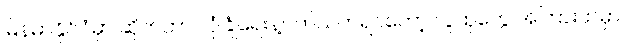
မြန်မာနိုင်ငံမှာ ဆိုက်ဘာ လုံခြုံရေးနဲ့ပတ်သက်ရင်တော့ လူထုတွေ အကြားထဲမှာ